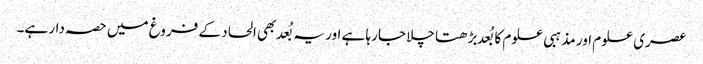
عصری علوم اور مذہبی علوم کا بُعد بڑھتا چلا جارہا ہے اور یہ بُعد بھی الحاد کے فروغ میں حصہ دار ہے۔